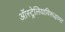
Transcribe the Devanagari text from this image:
ऑस्ट्रेलियाविरूद्धच्या